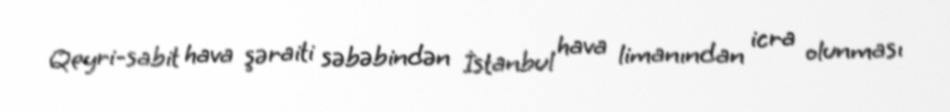
Qeyri-sabit hava şəraiti səbəbindən İstanbul hava limanından icra olunması